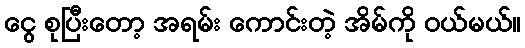
ငွေ စုပြီးတော့ အရမ်း ကောင်းတဲ့ အိမ်ကို ဝယ်မယ်။